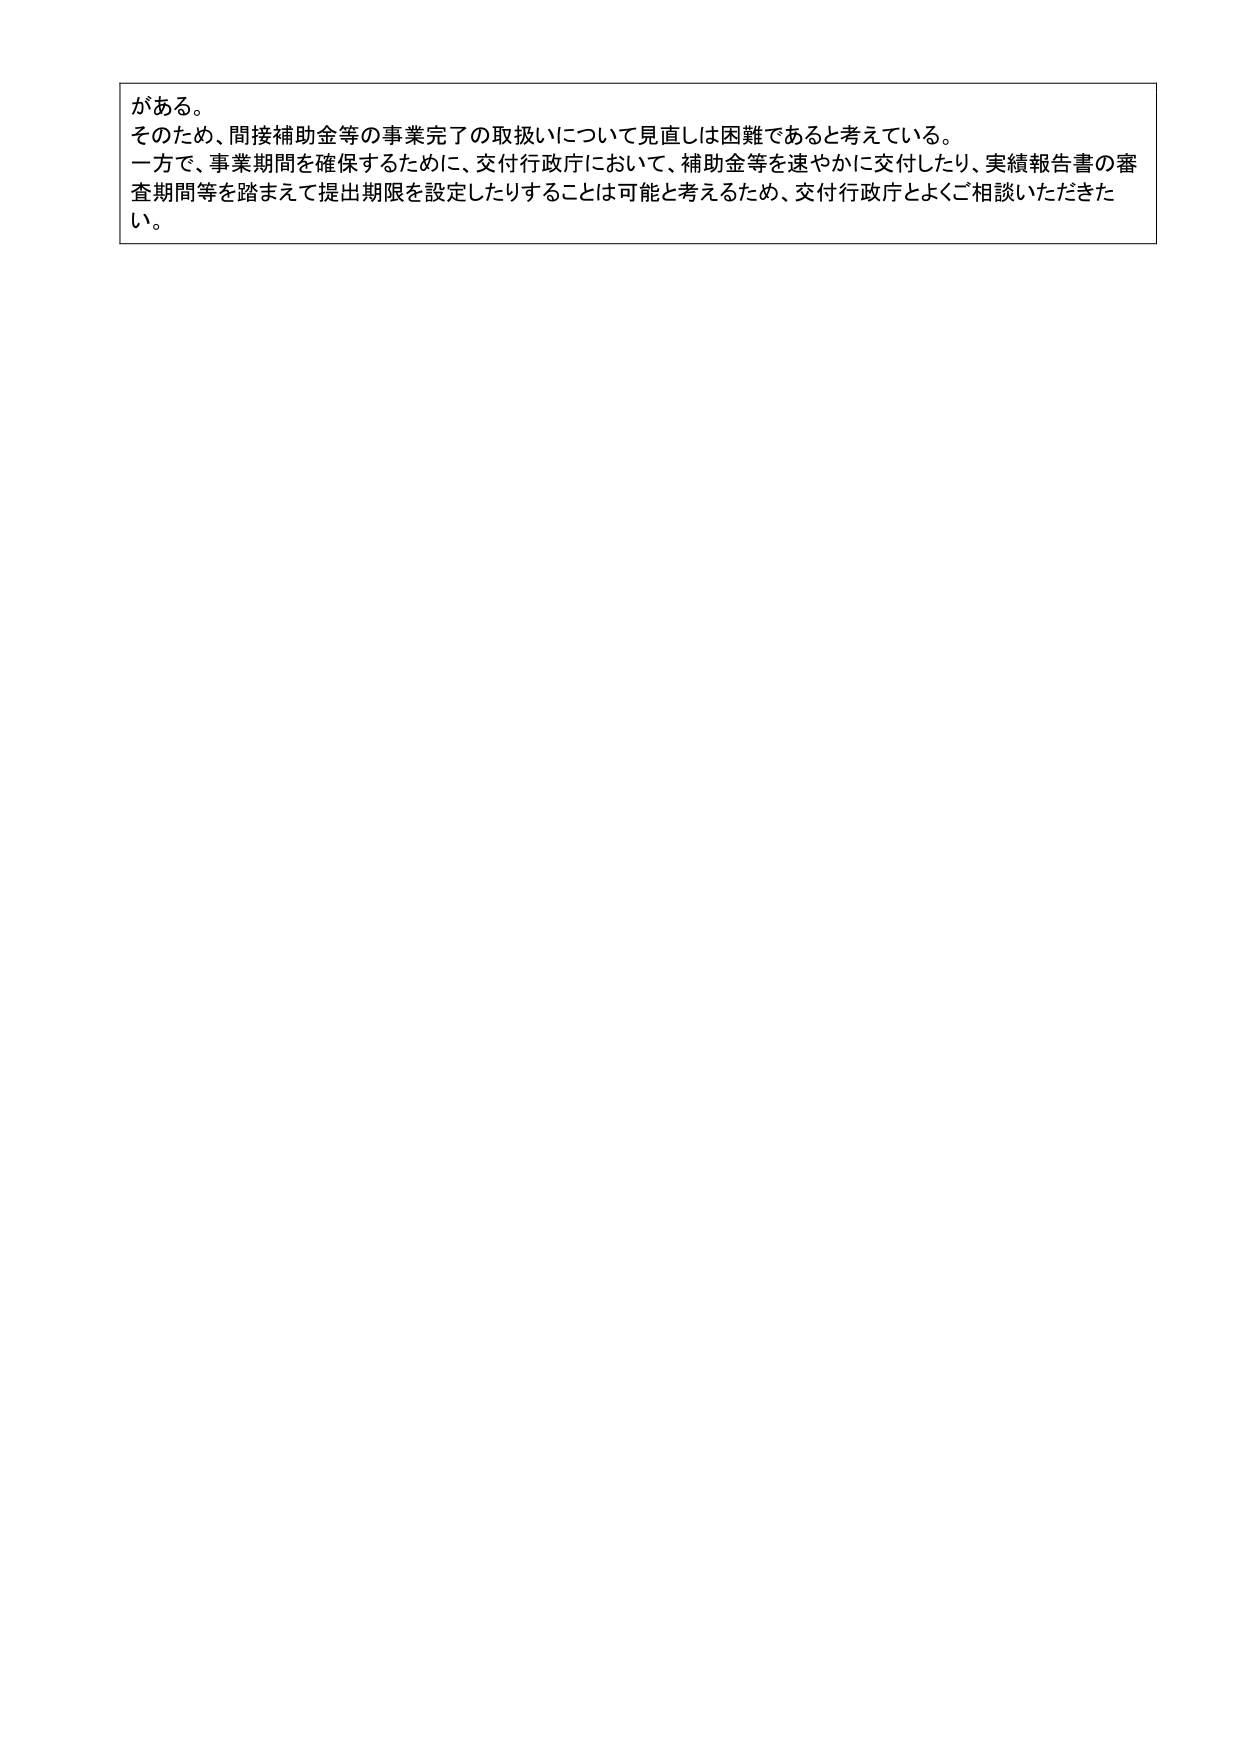
がある。
そのため、間接補助金等の事業完了の取扱いについて見直しは困難であると考えている。
一方で、事業期間を確保するために、交付行政庁において、補助金等を速やかに交付したり、実績報告書の審査期間等を踏まえて提出期限を設定したりすることは可能と考えるため、交付行政庁とよくご相談いただきたい。